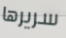
سريرها